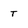
Character: T